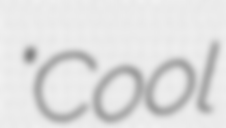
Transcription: "Cool